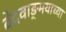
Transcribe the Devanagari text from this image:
वेदवाङ्‌मयाच्या